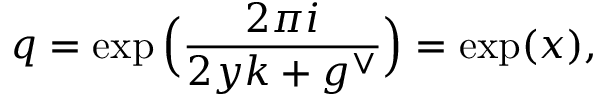
q = \exp \Big ( \frac { 2 \pi i } { 2 y k + g ^ { \vee } } \Big ) = \exp ( x ) ,